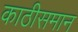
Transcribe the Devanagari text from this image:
काठीसमान